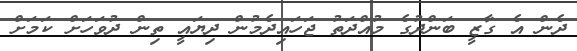
ދެން އެ ގާޒީ ބަންދުގެ މުއްދަތު ޖަހައިދެމުން ދިޔައީ ތިން ދުވަހަށް ކަމަށް